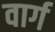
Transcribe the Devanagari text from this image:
वार्ग